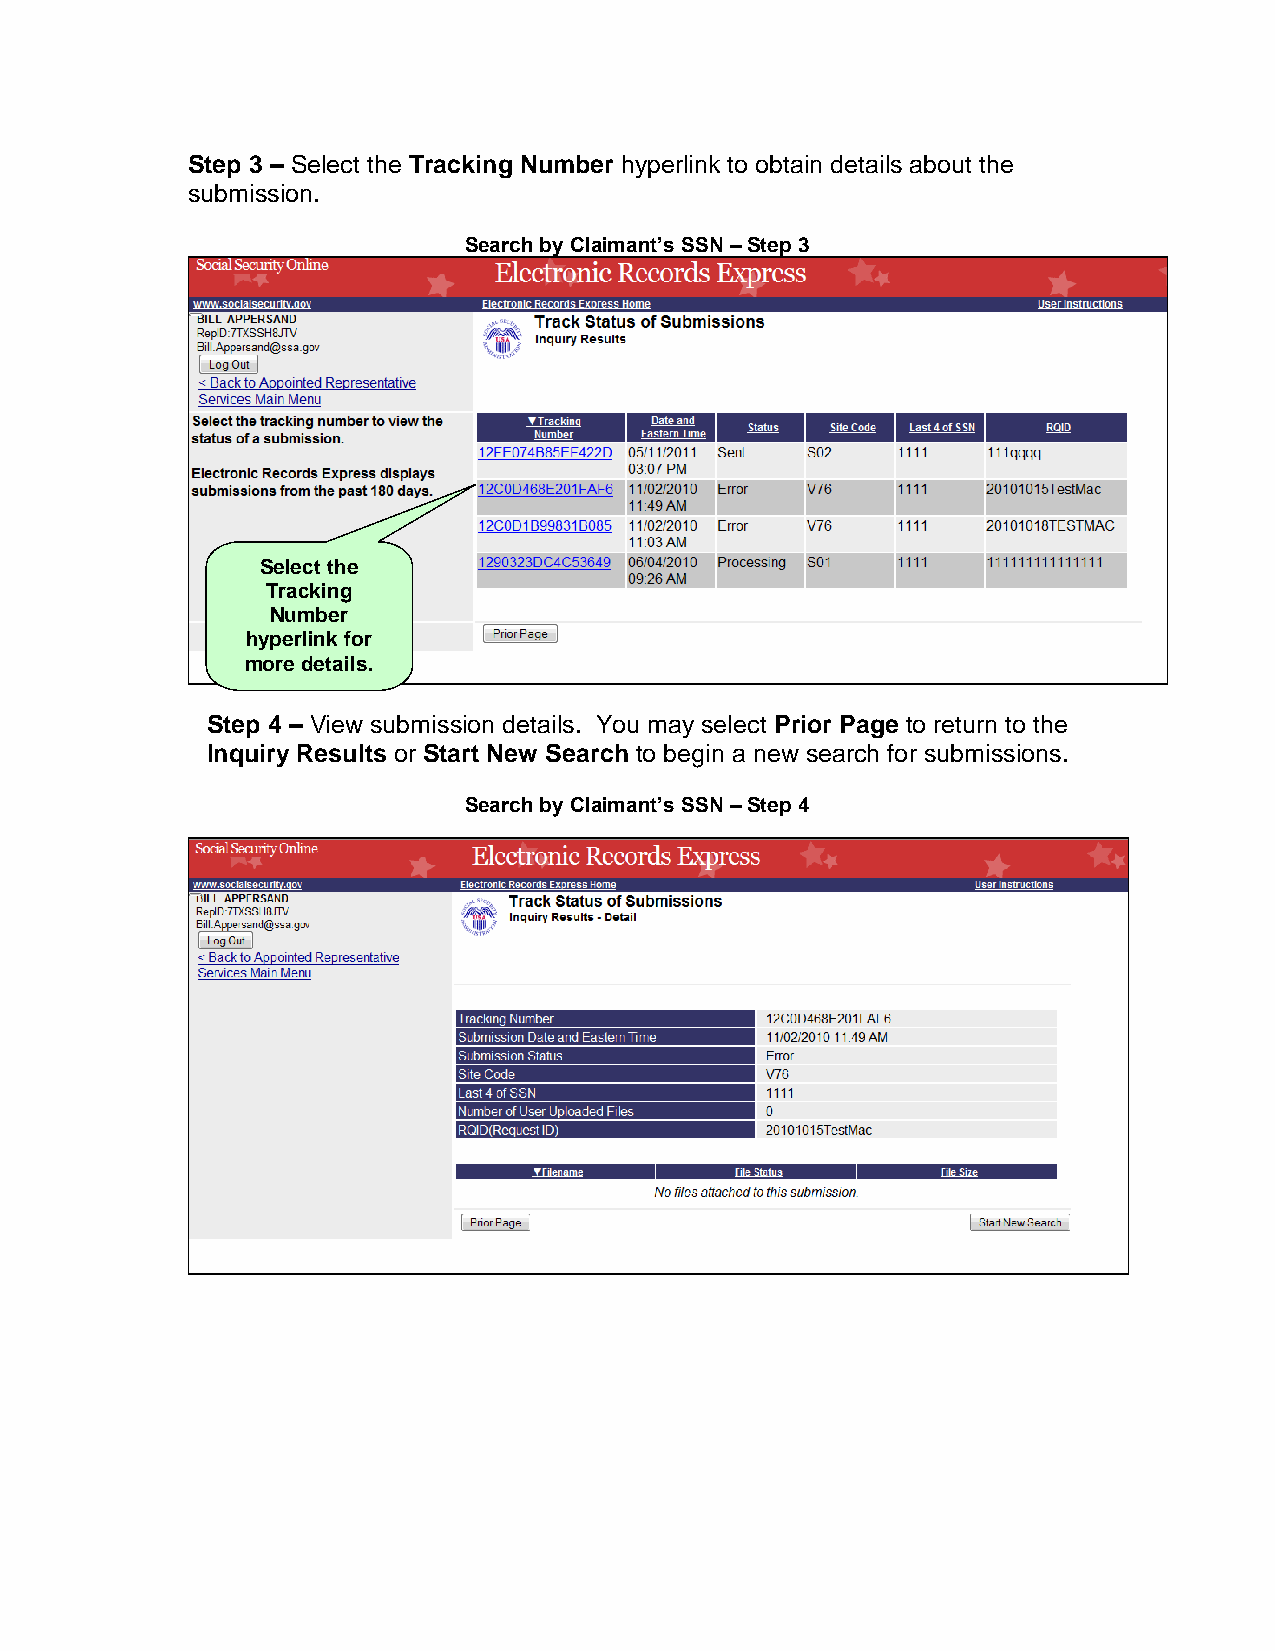
Step 3 – Select the Tracking Number hyperlink to obtain details about the
 submission.
 Search by Claimant’s SSN – Step 3
 Select the
 Tracking
 Number
 hyperlink for
 more details.
 Step 4 – View submission details. You may select Prior Page to return to the
 Inquiry Results or Start New Search to begin a new search for submissions.
 Search by Claimant’s SSN – Step 4